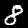
Digit: 8